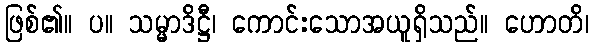
ဖြစ်၏။ ပ။ သမ္မာဒိဋ္ဌီ၊ ကောင်းသောအယူရှိသည်။ ဟောတိ၊